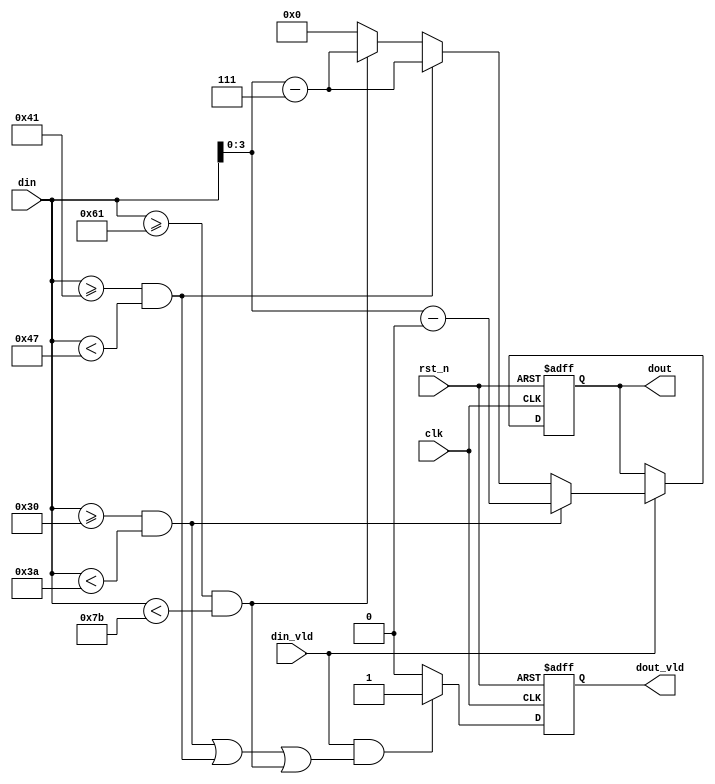
module asscii2hex(
               clk      ,
               rst_n    ,
               din      ,
               din_vld  ,
               dout     ,
               dout_vld  
 );

 input              clk     ;
 input              rst_n   ;
 input [7:0]        din     ;
 input              din_vld ;
 output[3:0]        dout    ;
 output             dout_vld;
 reg   [3:0]        dout    ;
 reg                dout_vld;


 always  @(posedge clk or negedge rst_n)begin
     if(rst_n==1'b0)begin
         dout<= 0 ;
     end
     else if(din_vld)begin
         if(din>=8'd48&&din<8'd58)begin
             dout <= din - 8'd48;
         end
         else if(din>=8'd65&&din<8'd71)begin
             dout <= din - 8'd55;
         end
         else if(din>=8'd97&&din<8'd123)begin
             dout <= din - 8'd87;
         end
         else begin
             dout <= 0;
         end
     end
     else begin
         dout<=dout;
     end
 end


 always  @(posedge clk or negedge rst_n)begin
     if(rst_n==1'b0)begin
         dout_vld<= 1'b0 ;
     end
     else if(din_vld && ((din>=8'd48&&din<8'd58) || (din>=8'd65&&din<8'd71)||(din>=8'd97&&din<8'd123)))begin
         dout_vld<= 1'b1 ;
     end
     else begin
         dout_vld<= 1'b0 ;
     end
 end

endmodule